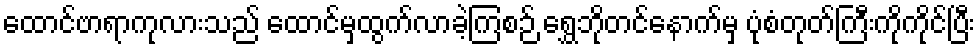
ထောင်ဗာရာကုလားသည် ထောင်မှထွက်လာခဲ့ကြစဉ် ရွှေဘိုတင်နောက်မှ ပုံစံတုတ်ကြီးကိုကိုင်ပြီး